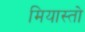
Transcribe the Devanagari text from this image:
मियास्तो